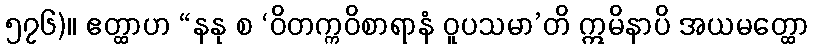
၅၇၆)။ ဧတ္ထာဟ “နနု စ ‘ဝိတက္ကဝိစာရာနံ ဝူပသမာ’တိ ဣမိနာပိ အယမတ္ထော